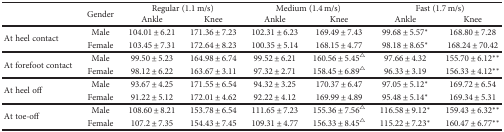
<table><thead><tr><td rowspan="2"></td><td rowspan="2"><b>Gender</b></td><td colspan="2"><b>Regular (1.1 m/s)</b></td><td colspan="2"><b>Medium (1.4 m/s)</b></td><td colspan="2"><b>Fast (1.7 m/s)</b></td></tr><tr><td><b>Ankle</b></td><td><b>Knee</b></td><td><b>Ankle</b></td><td><b>Knee</b></td><td><b>Ankle</b></td><td><b>Knee</b></td></tr></thead><tbody><tr><td rowspan="2">At heel contact</td><td>Male</td><td>104.01 ± 6.21</td><td>171.36 ± 7.23</td><td>102.31 ± 6.23</td><td>169.49 ± 7.43</td><td>99.68 ± 5.57<sup>∗</sup></td><td>168.80 ± 7.28</td></tr><tr><td>Female</td><td>103.45 ± 7.31</td><td>172.64 ± 8.23</td><td>100.35 ± 5.14</td><td>168.15 ± 4.77</td><td>98.18 ± 8.65<sup>∗</sup></td><td>168.24 ± 70.42</td></tr><tr><td rowspan="2">At forefoot contact</td><td>Male</td><td>99.50 ± 5.23</td><td>164.98 ± 6.74</td><td>99.52 ± 6.21</td><td>160.56 ± 5.45<sup>△</sup></td><td>97.66 ± 4.32</td><td>155.70 ± 6.12<sup>∗∗</sup></td></tr><tr><td>Female</td><td>98.12 ± 6.22</td><td>163.67 ± 3.11</td><td>97.32 ± 2.71</td><td>158.45 ± 6.89<sup>△</sup></td><td>96.33 ± 3.19</td><td>156.33 ± 4.12<sup>∗∗</sup></td></tr><tr><td rowspan="2">At heel off</td><td>Male</td><td>93.67 ± 4.25</td><td>171.55 ± 6.54</td><td>94.32 ± 3.25</td><td>170.37 ± 6.47</td><td>97.05 ± 5.12<sup>∗</sup></td><td>169.72 ± 6.54</td></tr><tr><td>Female</td><td>91.22 ± 5.12</td><td>172.01 ± 4.62</td><td>92.22 ± 4.12</td><td>169.99 ± 4.89</td><td>95.48 ± 5.14<sup>∗</sup></td><td>169.34 ± 5.31</td></tr><tr><td rowspan="2">At toe-off</td><td>Male</td><td>108.60 ± 8.21</td><td>153.78 ± 6.54</td><td>111.65 ± 7.23</td><td>155.36 ± 7.56<sup>△</sup></td><td>116.58 ± 9.12<sup>∗</sup></td><td>159.43 ± 6.32<sup>∗∗</sup></td></tr><tr><td>Female</td><td>107.2 ± 7.35</td><td>154.43 ± 7.45</td><td>109.31 ± 4.77</td><td>156.33 ± 8.45<sup>△</sup></td><td>115.22 ± 7.23<sup>∗</sup></td><td>160.47 ± 6.77<sup>∗∗</sup></td></tr></tbody></table>